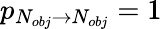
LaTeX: p_{N_{obj}\to N_{obj}}=1